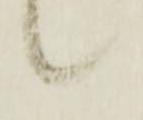
候